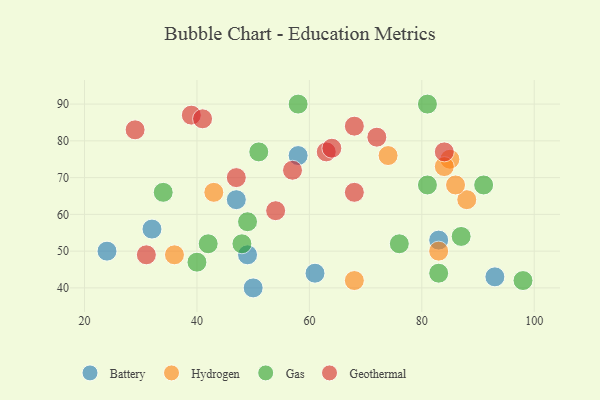
{"axis": {"x": "GDP", "y": "Life Expectancy"}, "legend": ["Battery", "Gas", "Geothermal", "Hydrogen"], "data": [{"x": "24", "y": 50, "type": "Battery"}, {"x": "83", "y": 53, "type": "Battery"}, {"x": "93", "y": 43, "type": "Battery"}, {"x": "58", "y": 76, "type": "Battery"}, {"x": "49", "y": 49, "type": "Battery"}, {"x": "32", "y": 56, "type": "Battery"}, {"x": "61", "y": 44, "type": "Battery"}, {"x": "47", "y": 64, "type": "Battery"}, {"x": "50", "y": 40, "type": "Battery"}, {"x": "85", "y": 75, "type": "Hydrogen"}, {"x": "88", "y": 64, "type": "Hydrogen"}, {"x": "83", "y": 50, "type": "Hydrogen"}, {"x": "36", "y": 49, "type": "Hydrogen"}, {"x": "86", "y": 68, "type": "Hydrogen"}, {"x": "74", "y": 76, "type": "Hydrogen"}, {"x": "84", "y": 73, "type": "Hydrogen"}, {"x": "68", "y": 42, "type": "Hydrogen"}, {"x": "43", "y": 66, "type": "Hydrogen"}, {"x": "81", "y": 90, "type": "Gas"}, {"x": "76", "y": 52, "type": "Gas"}, {"x": "34", "y": 66, "type": "Gas"}, {"x": "40", "y": 47, "type": "Gas"}, {"x": "48", "y": 52, "type": "Gas"}, {"x": "98", "y": 42, "type": "Gas"}, {"x": "49", "y": 58, "type": "Gas"}, {"x": "42", "y": 52, "type": "Gas"}, {"x": "51", "y": 77, "type": "Gas"}, {"x": "91", "y": 68, "type": "Gas"}, {"x": "83", "y": 44, "type": "Gas"}, {"x": "81", "y": 68, "type": "Gas"}, {"x": "87", "y": 54, "type": "Gas"}, {"x": "58", "y": 90, "type": "Gas"}, {"x": "84", "y": 77, "type": "Geothermal"}, {"x": "68", "y": 66, "type": "Geothermal"}, {"x": "54", "y": 61, "type": "Geothermal"}, {"x": "39", "y": 87, "type": "Geothermal"}, {"x": "63", "y": 77, "type": "Geothermal"}, {"x": "68", "y": 84, "type": "Geothermal"}, {"x": "41", "y": 86, "type": "Geothermal"}, {"x": "29", "y": 83, "type": "Geothermal"}, {"x": "31", "y": 49, "type": "Geothermal"}, {"x": "72", "y": 81, "type": "Geothermal"}, {"x": "57", "y": 72, "type": "Geothermal"}, {"x": "47", "y": 70, "type": "Geothermal"}, {"x": "64", "y": 78, "type": "Geothermal"}]}